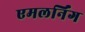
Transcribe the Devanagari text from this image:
एमलर्निंग